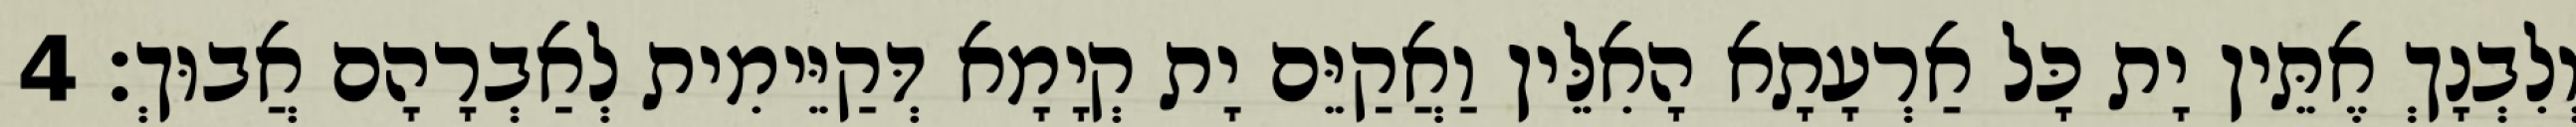
וְלִבְנָךְ אֶתֵּין יָת כָּל אַרְעָתָא הָאִלֵּין וַאֲקַיֵּם יָת קְיָמָא דְּקַיֵּימִית לְאַבְרָהָם אֲבוּךְ׃ 4